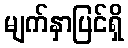
မျက်နှာပြင်ရှိ